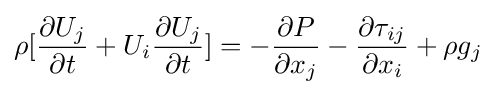
\rho [{\partial U_{j} \over \partial t}+U_{i}{\partial U_{j} \over \partial t}]=-{\partial P \over \partial x_{j}}-{\partial \tau _{ij} \over \partial x_{i}}+\rho g_{j}